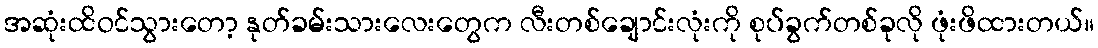
အဆုံးထိဝင်သွားတော့ နုတ်ခမ်းသားလေးတွေက လီးတစ်ချောင်းလုံးကို စုပ်ခွက်တစ်ခုလို ဖုံးဖိထားတယ်။